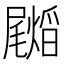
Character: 𭕺